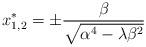
LaTeX: \begin{align*} x_{1,2}^{*}=\pm\frac{\beta}{\sqrt{\alpha^{4}-\lambda\beta^{2}}}\end{align*}